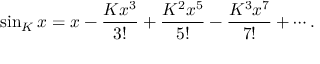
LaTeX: \sin _ { K } x = x - { \frac { K x ^ { 3 } } { 3 ! } } + { \frac { K ^ { 2 } x ^ { 5 } } { 5 ! } } - { \frac { K ^ { 3 } x ^ { 7 } } { 7 ! } } + \cdots .